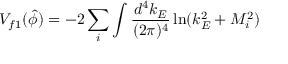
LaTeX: V _ { f 1 } ( \hat { \phi } ) = - 2 \sum _ { i } \int \frac { d ^ { 4 } k _ { E } } { ( 2 \pi ) ^ { 4 } } \ln ( k _ { E } ^ { 2 } + M _ { i } ^ { 2 } )